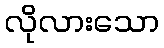
လိုလားသော